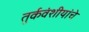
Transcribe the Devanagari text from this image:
तुर्कवंशीयांचे